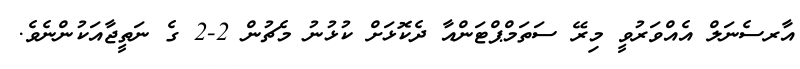
އާރސެނަލް އެއްވަރުވީ މިރޭ ސަތަމްޕްޓަންއާ ދެކޮޅަށް ކުޅުނު މެޗުން 2-2 ގެ ނަތީޖާއަކުންނެވެ.